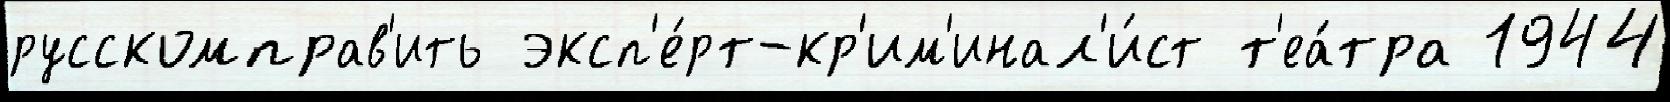
русскомправ'ить эксп'е́рт-кр'им'инал'и́ст т'еа́тра 1944